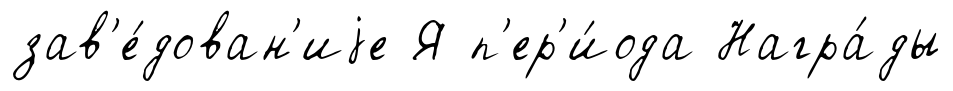
зав'е́дован'иjе Я п'ер'и́ода Награ́ды